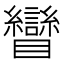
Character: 矕